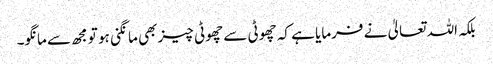
بلکہ اللہ تعالیٰ نے فرمایا ہے کہ چھوٹی سے چھوٹی چیز بھی مانگنی ہو تو مجھ سے مانگو۔